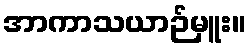
အာကာသယာဉ်မှူး။